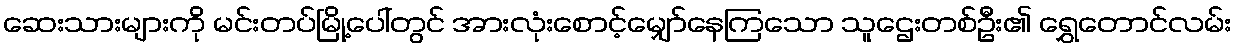
ဆေးသားများကို မင်းတပ်မြို့ပေါ်တွင် အားလုံးစောင့်မျှော်နေကြသော သူဌေးတစ်ဦး၏ ရွှေတောင်လမ်း